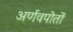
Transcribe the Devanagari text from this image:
अर्णवपोतों